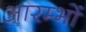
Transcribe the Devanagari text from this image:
आरम्भों